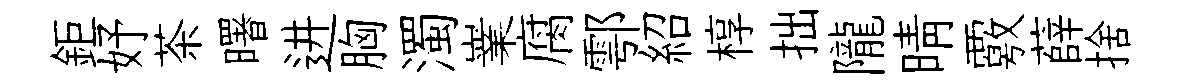
鉅妤茶曙进胸濁嶪腐鄠紹椁拙隴晴覈薛捨